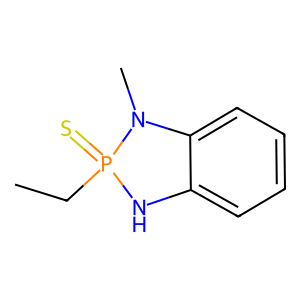
SMILES: CCP1(=S)Nc2ccccc2N1C
Inhibits HIV replication: No